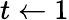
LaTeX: t\leftarrow 1